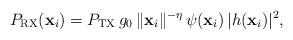
\begin{align*}P_{\mathrm{RX}}(\mathbf{x}_{i})=P_{\mathrm{TX}}\, g_{0}\,\Vert\mathbf{x}_{i}\Vert^{-\eta}\,\psi(\mathbf{x}_{i})\,|h(\mathbf{x}_{i})|^{2},\end{align*}